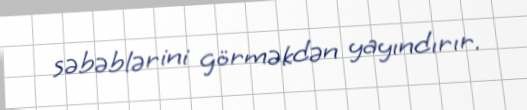
səbəblərini görməkdən yayındırır.